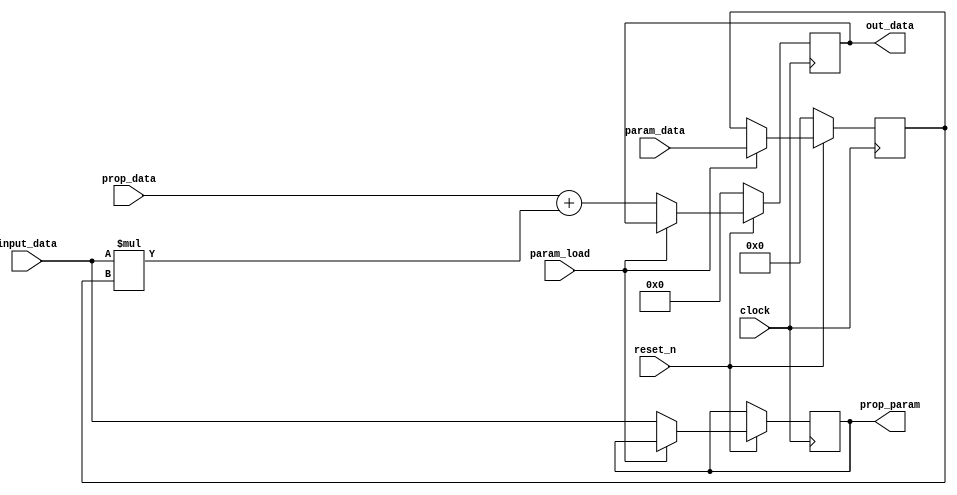
// This program was cloned from: https://github.com/RomeoMe5/DDLM
// License: MIT License

module sys_array_cell

#(parameter DATA_WIDTH=8)

(
    input  clock,
    input  reset_n,
	 input  param_load,

    input  [DATA_WIDTH - 1:0] input_data,
	 input  [2*DATA_WIDTH-1:0] prop_data,
	 input  [DATA_WIDTH-1:0] param_data,
    output reg [2*DATA_WIDTH-1:0] out_data,
    output reg [DATA_WIDTH-1:0] prop_param
);

reg [DATA_WIDTH-1:0] param;

    always @(posedge clock)
    begin
        if (~reset_n)
        begin
				out_data <= {2*DATA_WIDTH{1'b0}};
                                param <= {DATA_WIDTH{1'b0}};
        end
        else if (param_load) 
		      begin
				param <= param_data;
				end
		  else
		  begin
		  out_data<= prop_data+input_data*param;
		  prop_param <= input_data;
		  end	   
    end

endmodule